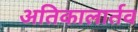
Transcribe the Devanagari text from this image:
अतिकालार्तव